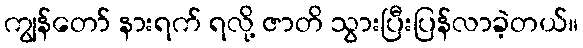
ကျွန်တော် နားရက် ရလို့ ဇာတိ သွားပြီးပြန်လာခဲ့တယ်။